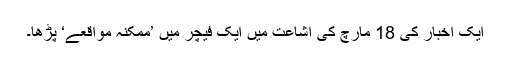
ایک اخبار کی 18 مارچ کی اشاعت میں ایک فیچر میں ’ممکنہ مواقعے‘ پڑھا۔